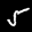
Label: 5